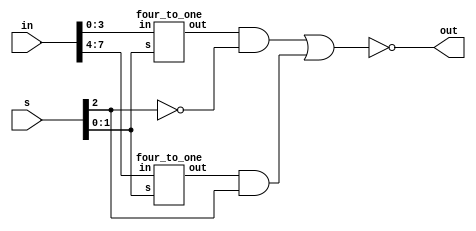
module eight_to_one(out, in, s);

input [7:0] in;
input [2:0] s;
output out;
wire w1, w2, w3, w4, w5;
four_to_one a(w1, in[3:0], s[1:0]);
four_to_one b(w2, in[7:4], s[1:0]);
not n(w3, s[2]);
and an1(w4, w1, w3);
and an2(w5, w2, s[2]);
nor n1(out, w4, w5);

endmodule


module four_to_one(out, in, s);

output reg out;
input[3:0] in;
input [1:0] s;

always @(*)
begin
	case(s)
		2'b00 : out=in[0];
		2'b01 : out=in[1];
		2'b10 : out=in[2];
		2'b11 : out=in[3];
	endcase
end
endmodule